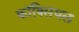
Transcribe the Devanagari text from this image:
कॉक्सियल